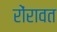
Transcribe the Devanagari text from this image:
रोंरावत